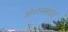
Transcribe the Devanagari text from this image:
ओशनसाइड